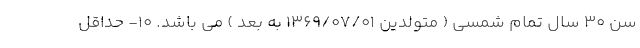
سن 30 سال تمام شمسی ( متولدین 1369/07/01 به بعد ) می باشد. 10- حداقل